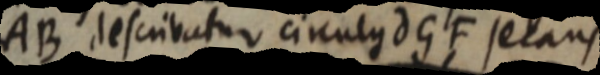
AB describatur circulus dGF secans